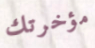
مؤخرتك